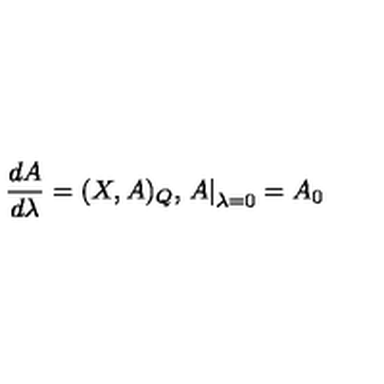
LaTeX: \frac { d A } { d \lambda } = ( X , A ) _ { Q } , \left. A \right| _ { \lambda = 0 } = A _ { 0 }